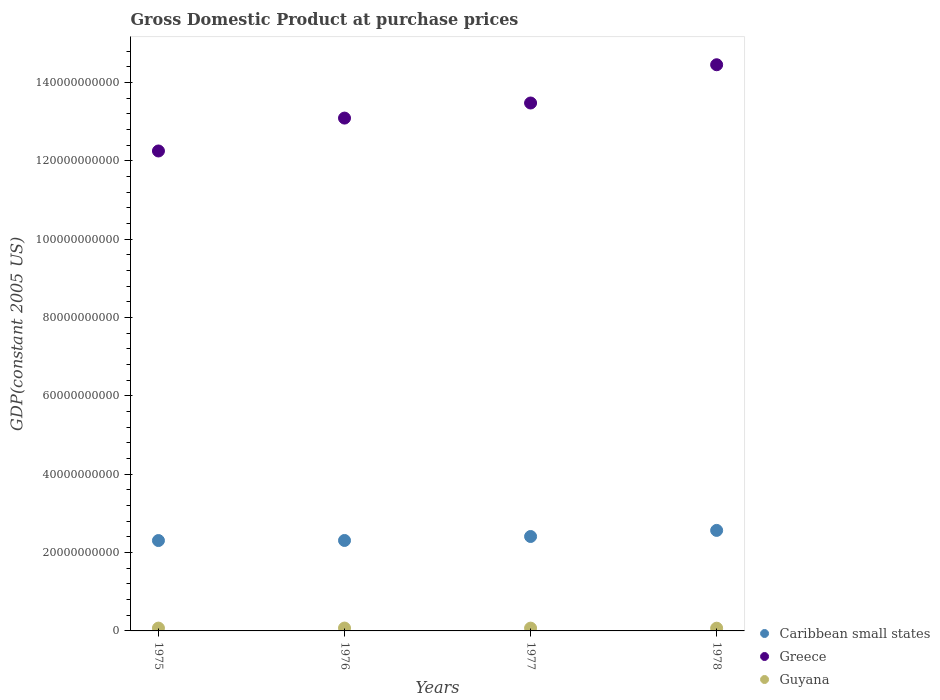
| Years | Caribbean small states | Greece | Guyana |
 | --- | --- | --- | --- |
 | 1975 | 2.31e+10 | 1.23e+11 | 7.19e+08 |
 | 1976 | 2.31e+10 | 1.31e+11 | 7.3e+08 |
 | 1977 | 2.41e+10 | 1.35e+11 | 7.11e+08 |
 | 1978 | 2.57e+10 | 1.45e+11 | 6.98e+08 |